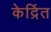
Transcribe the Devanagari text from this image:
केद्रिंत